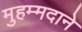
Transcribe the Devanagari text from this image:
मुहम्मदाने